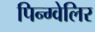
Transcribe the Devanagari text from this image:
पिन्ग्वेलिर